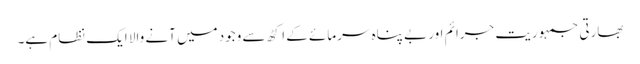
بھارتی جمہوریت جرائم اور بے پناہ سرمائے کے اکٹھ سے وجود میں آنے والا ایک نظام ہے۔